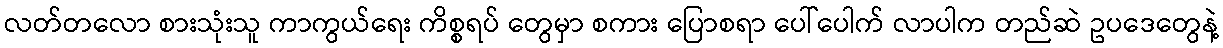
လတ်တလော စားသုံးသူ ကာကွယ်ရေး ကိစ္စရပ် တွေမှာ စကား ပြောစရာ ပေါ်ပေါက် လာပါက တည်ဆဲ ဥပဒေတွေနဲ့